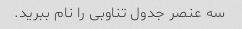
سه عنصر جدول تناوبی را نام ببرید.